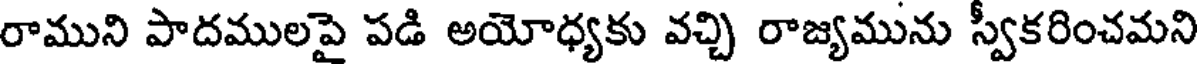
రాముని పాదములపై పడి అయోధ్యకు వచ్చి రాజ్యమును స్వీకరించమని